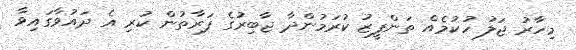
މިހާރު ޖަލު ހުކުމެއް ތަންފީޒު ކުރަމުންދާ ޖާބިރުގެ ފަރާތުން ކުރި އެ ދައުވާގައިވާ